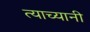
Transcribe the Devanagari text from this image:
त्याच्यानी